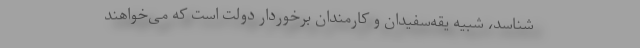
‌شناسد، شبیه یقه‌سفیدان و کارمندان برخوردارِ دولت است که می‌خواهند